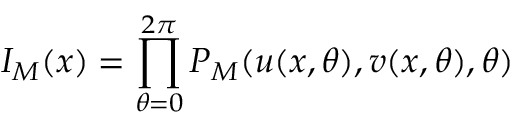
I _ { M } ( x ) = \prod _ { \theta = 0 } ^ { 2 \pi } P _ { M } ( u ( x , \theta ) , v ( x , \theta ) , \theta )